Vaccination in the Punjab 1897-1904 - 1897-1904
Year: 1897
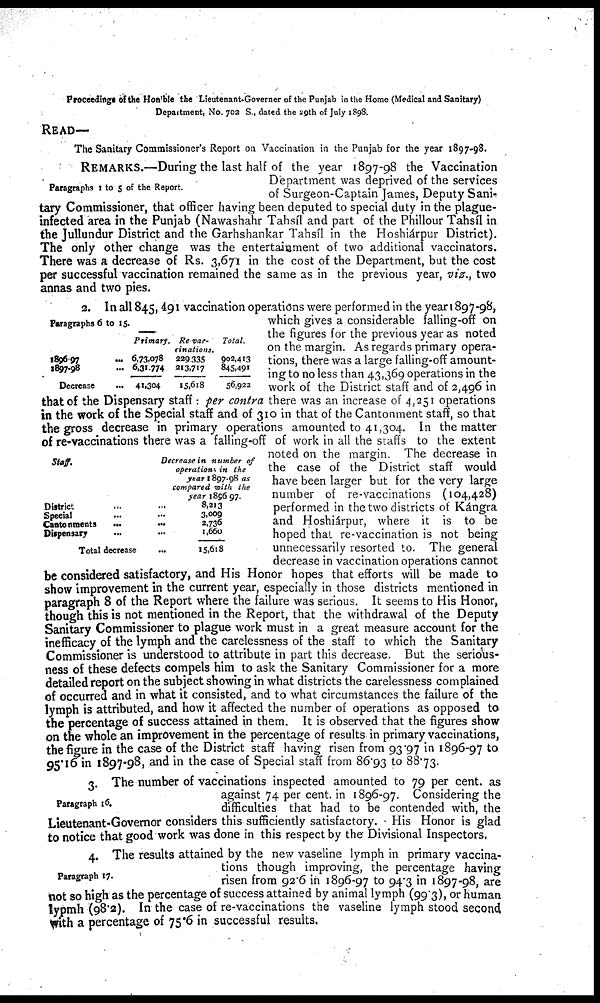
Proceedings of the Hon'ble the Lieutenant-Governer of the Punjab in the Home (Medical and Sanitary)
Department, No. 702 S., dated the 29th of July 1898.
READ—
The Sanitary Commissioner's Report on Vaccination in the Punjab for the year 1897-98.
Paragraphs 1 to 5 of the Report.
REMARKS.—During the last half of the year 1897-98 the Vaccination
Department was deprived of the services
of Surgeon-Captain James, Deputy Sani-
tary Commissioner, that officer having been deputed to special duty in the plague-
infected area in the Punjab (Nawashahr Tahsíl and part of the Phillour Tahsíl in
the Jullundur District and the Garhshankar Tahsíl in the Hoshiárpur District).
The only other change was the entertainment of two additional vaccinators.
There was a decrease of Rs. 3,671 in the cost of the Department, but the cost
per successful vaccination remained the same as in the previous year, viz., two
annas and two pies.
Paragraphs 6 to 15.
1896-97
...
1897-98 ...
Decrease
...
Primary.
6,73,078
6,31,774
41,304
Re vac-
cinations.
229,335
213,717
15,618
Total.
902,413
845,491
56,922
Staff.
District ... ...
Special ... ...
Cantonments
...
...
Dispensary ... ...
Total decrease ...
Decrease in number of
operations in the
year 1897-98 as
compared with the
year 1896-97.
8,213
3,009
2,736
1,660
15,618
2. In all 845, 491 vaccination operations were performed in the year 1897-98,
which gives a considerable falling-off on
the figures for the previous year as noted
on the margin. As regards primary opera-
tions, there was a large falling-off amount-
ing to no less than 43,369 operations in the
work of the District staff and of 2,496 in
that of the Dispensary staff: per contra there was an increase of 4,251 operations
in the work of the Special staff and of 310 in that of the Cantonment staff, so that
the gross decrease in primary operations amounted to 41,304. In the matter
of re-vaccinations there was a falling-off of work in all the staffs to the extent
noted on the margin. The decrease in
the case of the District staff would
have been larger but for the very large
number of re-vaccinations (104,428)
performed in the two districts of Kángra
and Hoshiárpur, where it is to be
hoped that re-vaccination is not being
unnecessarily resorted to. The general
decrease in vaccination operations cannot
be considered satisfactory, and His Honor hopes that efforts will be made to
show improvement in the current year, especially in those districts mentioned in
paragraph 8 of the Report where the failure was serious. It seems to His Honor,
though this is not mentioned in the Report, that the withdrawal of the Deputy
Sanitary Commissioner to plague work must in a great measure account for the
inefficacy of the lymph and the carelessness of the staff to which the Sanitary
Commissioner is understood to attribute in part this decrease. But the serious-
ness of these defects compels him to ask the Sanitary Commissioner for a more
detailed report on the subject showing in what districts the carelessness complained
of occurred and in what it consisted, and to what circumstances the failure of the
lymph is attributed, and how it affected the number of operations as opposed to
the percentage of success attained in them. It is observed that the figures show
on the whole an improvement in the percentage of results in primary vaccinations,
the figure in the case of the District staff having risen from 93.97 in 1896-97 to
95.16 in 1897-98, and in the case of Special staff from 86.93 to 88.73.
Paragraph 16.
3. The number of vaccinations inspected amounted to 79 per cent. as
against 74 per cent. in 1896-97. Considering the
difficulties that had to be contended with, the
Lieutenant-Governor considers this sufficiently satisfactory. His Honor is glad
to notice that good work was done in this respect by the Divisional Inspectors.
Paragraph 17.
4. The results attained by the new vaseline lymph in primary vaccina-
tions though improving, the percentage having
risen from 92.6 in 1896-97 to 94.3 in 1897-98, are
not so high as the percentage of success attained by animal lymph (99.3), or human
lypmh (98.2). In the case of re-vaccinations the vaseline lymph stood second
with a percentage of 75.6 in successful results.